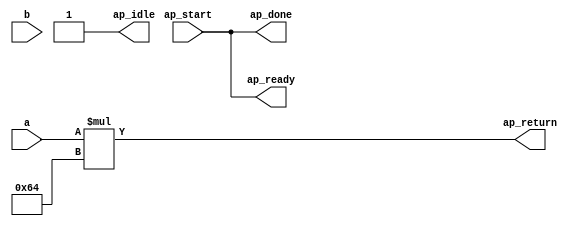
module calculate_3 (
        ap_start,
        ap_done,
        ap_idle,
        ap_ready,
        a,
        b,
        ap_return
);


input   ap_start;
output   ap_done;
output   ap_idle;
output   ap_ready;
input  [31:0] a;
input  [31:0] b;
output  [31:0] ap_return;

assign ap_done = ap_start;

assign ap_idle = 1'd1;

assign ap_ready = ap_start;

assign ap_return = (a * 32'd100);

endmodule